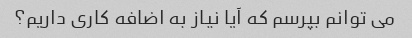
می توانم بپرسم که آیا نیاز به اضافه کاری داریم؟